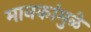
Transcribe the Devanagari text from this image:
मानकांमुळे